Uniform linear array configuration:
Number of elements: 8
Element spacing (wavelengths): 0.5
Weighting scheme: hamming
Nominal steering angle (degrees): -30
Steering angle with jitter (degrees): -28.291
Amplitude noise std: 0.05
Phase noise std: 0.05

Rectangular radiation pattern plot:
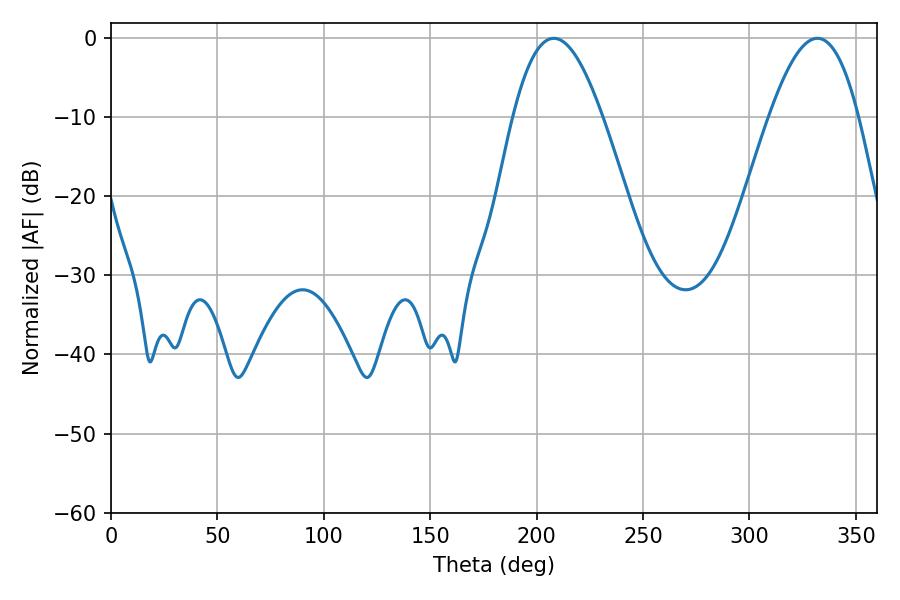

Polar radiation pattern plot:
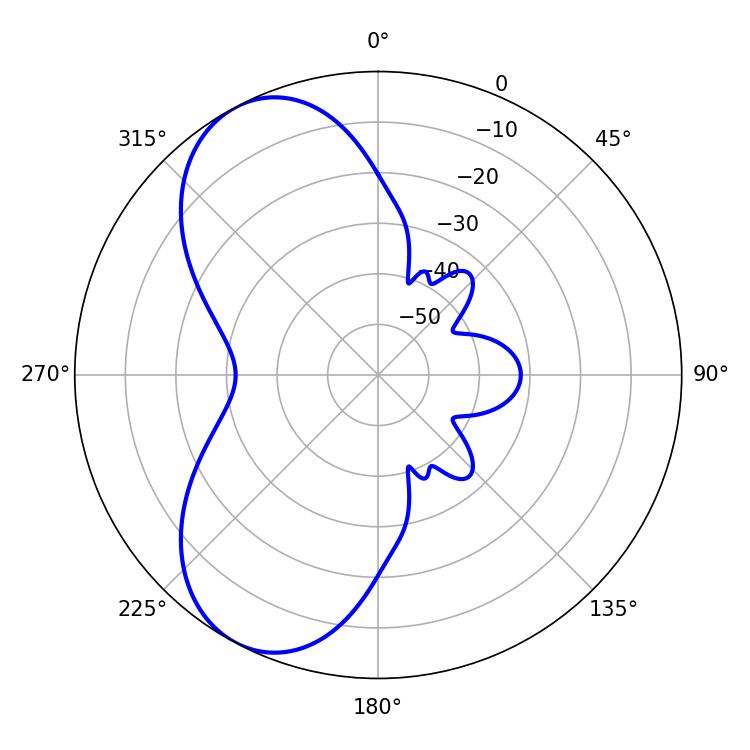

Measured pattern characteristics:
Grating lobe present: FALSE
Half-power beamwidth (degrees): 22.86
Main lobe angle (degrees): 208.08